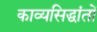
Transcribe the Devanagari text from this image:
काव्यसिद्धांतों